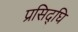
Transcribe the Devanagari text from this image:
प्रसिद्घि